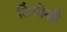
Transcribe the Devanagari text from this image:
लिंबोळी